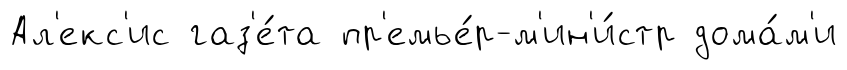
Ал'екс'ис газ'е́та пр'емье́р-м'ин'и́стр дома́м'и